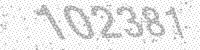
Solution: 102381